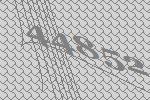
44852